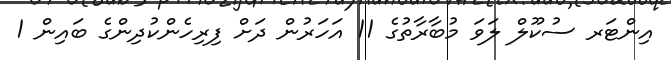
އިންޓަރ ސުކޫލް ލަވަ މުބާރާތުގެ 11 އަހަރުން ދަށް ފިރިހެންކުދިންގެ ބައިން 1